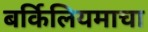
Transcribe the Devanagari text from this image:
बर्किलियमाचा